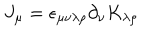
J _ { \mu } = \epsilon _ { \mu \nu \lambda \rho } \partial _ { \nu } K _ { \lambda \rho }